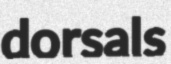
dorsals